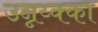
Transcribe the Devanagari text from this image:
उन्नय्क्का